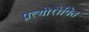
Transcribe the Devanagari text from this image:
प्रत्योरोपित